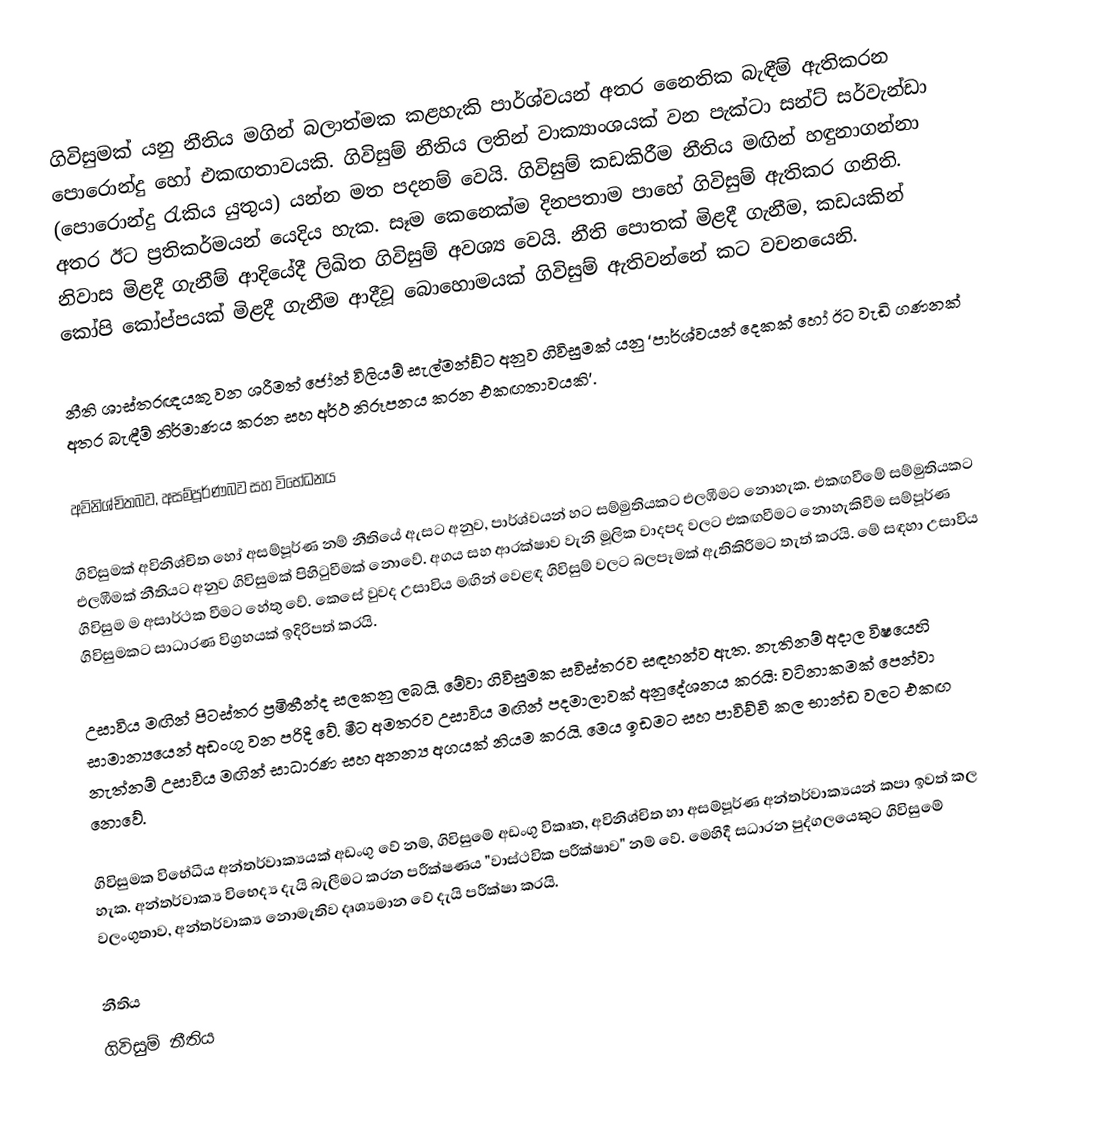
ගිවිසුමක් යනු නීතිය මගින් බලාත්මක කළහැකි පාර්ශ්වයන් අතර නෛතික බැඳීම් ඇතිකරන පොරොන්දු හෝ එකඟතාවයකි. ගිවිසුම් නීතිය ලතින් වාක්‍යාංශයක් වන පැක්ටා සන්ට් සර්වැන්ඩා (පොරොන්දු රැකිය යුතුය) යන්න මත පදනම් වෙයි. ගිවිසුම් කඩකිරීම නීතිය මඟින් හඳුනාගන්නා අතර ඊට ප‍්‍රතිකර්මයන් යෙදිය හැක. සෑම කෙනෙක්ම දිනපතාම පාහේ ගිවිසුම් ඇතිකර ගනිති. නිවාස මිළදී ගැනීම් ආදියේදී ලිඛිත ගිවිසුම් අවශ්‍ය වෙයි. නීති පොතක් මිළදී ගැනීම, කඩයකින් කෝපි කෝප්පයක් මිළදී ගැනීම ආදීවූ බොහොමයක් ගිවිසුම් ඇතිවන්නේ කට වචනයෙනි.

නීති ශාස්ත‍්‍රඥයකු වන ශ‍්‍රීමත් ජෝන් විලියම් සැල්මන්ඞ්ට අනුව ගිවිසුමක් යනු ‘පාර්ශ්වයන් දෙකක් හෝ ඊට වැඩි ගණනක් අතර බැඳීම් නිර්මාණය කරන සහ අර්ථ නිරූපනය කරන එකඟතාවයකි’.

අවිනිශ්චිතබව, අසම්පූර්ණබව සහ විභේධනය

ගිවිසුමක් අවිනිශ්චිත හෝ අසම්පූර්ණ නම් නීතියේ ඇසට අනුව, පාර්ශ්වයන් හට සම්මුතියකට එලඹීමට නොහැක. එකඟවීමේ සම්මුතියකට එලඹීමක් නීතියට අනුව ගිවිසුමක් පිහිටුවීමක් නොවේ. අගය සහ ආරක්ෂාව වැනි මූලික වාදපද වලට එකඟවීමට නොහැකිවීම සම්පූර්ණ ගිවිසුම ම අසාර්ථක වීමට හේතු වේ. කෙසේ වුවද උසාවිය මඟින් වෙළඳ ගිවිසුම් වලට බලපෑමක් ඇතිකිරීමට තැත් කරයි. මේ සඳහා උසාවිය ගිවිසුමකට සාධාරණ විග්‍රහයක් ඉදිරිපත් කරයි.

උසාවිය මඟින් පිටස්තර ප්‍රමිතීන්ද සලකනු ලබයි. මේවා ගිවිසුමක සවිස්තරව සඳහන්ව ඇත. නැතිනම් අදාල විෂයෙහි සාමාන්‍යයෙන් අඩංගු වන පරිදි වේ. මීට අමතරව උසාවිය මඟින් පදමාලාවක් අනුදේශනය කරයි: වටිනාකමක් පෙන්වා නැත්නම් උසාවිය මඟින් සාධාරණ සහ අනන්‍ය අගයක් නියම කරයි. මෙය ඉඩමට සහ පාවිච්චි කල භාන්ඩ වලට එකඟ නොවේ.

ගිවිසුමක විභේධීය අන්තර්වාක්‍යයක් අඩංගු වේ නම්, ගිවිසුමේ අඩංගු විකෘත, අවිනිශ්චිත හා අසම්පූර්ණ අන්තර්වාක්‍යයන් කපා ඉවත් කල හැක. අන්තර්වාක්‍ය විභෙද්‍ය දැයි බැලීමට කරන පරීක්ෂණය "වාස්ථවික පරීක්ෂාව" නම් වේ. මෙහිදී සධාරන පුද්ගලයෙකුට ගිවිසුමේ වලංගුතාව, අන්තර්වාක්‍ය  නොමැතිව දෘශ්‍යමාන වේ දැයි පරීක්ෂා කරයි.

නීතිය
ගිවිසුම් නීතිය